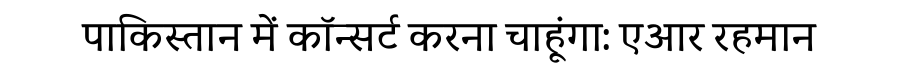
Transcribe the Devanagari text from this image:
पाकिस्तान में कॉन्सर्ट करना चाहूंगा: एआर रहमान